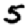
Digit: 5